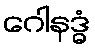
ဂေါနဒ္ဓံ